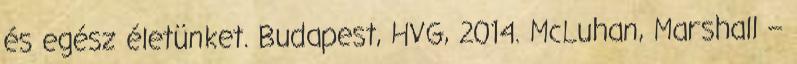
és egész életünket. Budapest, HVG, 2014. McLuhan, Marshall –